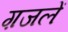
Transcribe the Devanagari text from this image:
ग़जलें